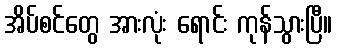
အိပ်စင်တွေ အားလုံး ရောင်း ကုန်သွားပြီ။